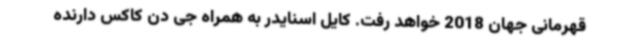
قهرمانی جهان 2018 خواهد رفت. کایل اسنایدر به همراه جی دن کاکس دارنده